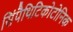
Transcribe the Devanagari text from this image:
सिंपैथिटिकोटोनिक